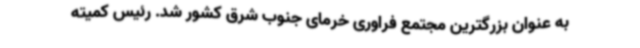
به عنوان بزرگترین مجتمع فراوری خرمای جنوب شرق کشور شد. رئیس کمیته